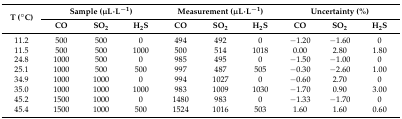
| <ROWSPAN=2> T (°C) | <COLSPAN=3> Sample (μL·L−1) | <COLSPAN=3> Measurement (μL·L−1) | <COLSPAN=3> Uncertainty (%) |
 | CO | SO2 | H2S | CO | SO2 | H2S | CO | SO2 | H2S |
 | --- | --- | --- | --- | --- | --- | --- | --- | --- | --- |
 | 11.2 | 500 | 500 | 0 | 494 | 492 | 0 | −1.20 | −1.60 | 0 |
 | 11.5 | 500 | 500 | 1000 | 500 | 514 | 1018 | 0.00 | 2.80 | 1.80 |
 | 24.8 | 1000 | 500 | 0 | 985 | 495 | 0 | −1.50 | −1.00 | 0 |
 | 25.1 | 1000 | 500 | 500 | 997 | 487 | 505 | −0.30 | −2.60 | 1.00 |
 | 34.9 | 1000 | 1000 | 0 | 994 | 1027 | 0 | −0.60 | 2.70 | 0 |
 | 35.0 | 1000 | 1000 | 1000 | 983 | 1009 | 1030 | −1.70 | 0.90 | 3.00 |
 | 45.2 | 1500 | 1000 | 0 | 1480 | 983 | 0 | −1.33 | −1.70 | 0 |
 | 45.4 | 1500 | 1000 | 500 | 1524 | 1016 | 503 | 1.60 | 1.60 | 0.60 |